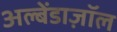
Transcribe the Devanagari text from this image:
अल्बेंडाज़ॉल